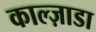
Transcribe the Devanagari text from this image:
काल्ज़ाडा